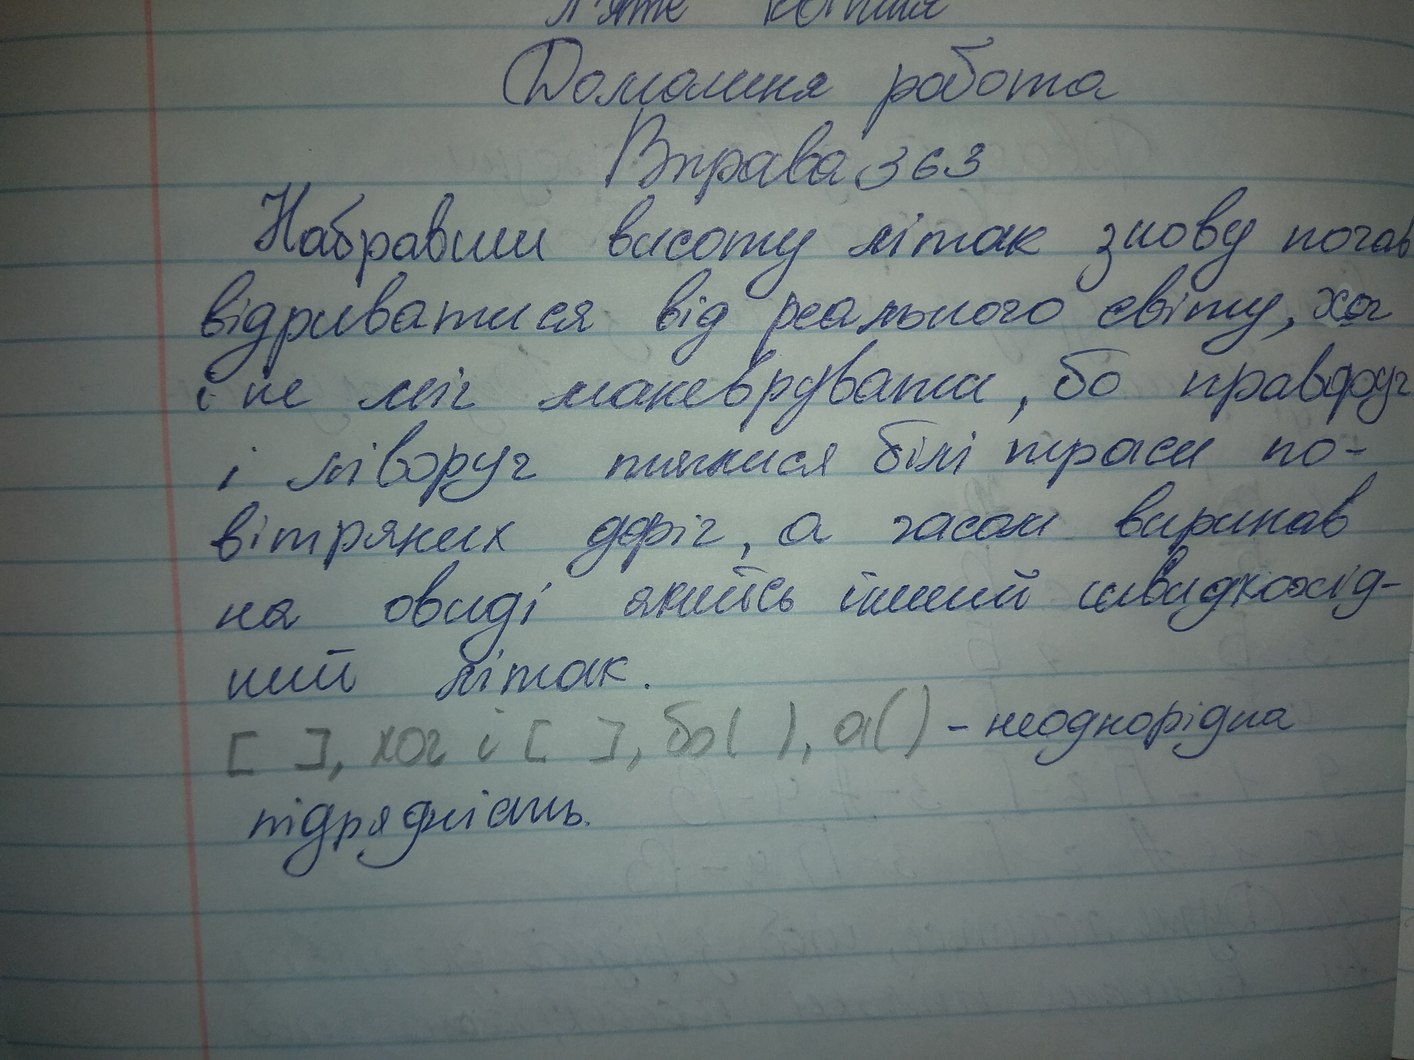
П'яте квітня
Домашня робота
Вправа 363
Набравши висоту літак знову почав
відриватися від реального світу, хоч
і не міг маневрувати, бо праворуч
і ліворуч тяглися біді траси по-
вітряних доріг, а часом виринав
на овиді якийсь інший швидкохід-
ний літак.
[ ], хоч і [ ], бо ( ), а ( ) - неоднорідна
підрядність.